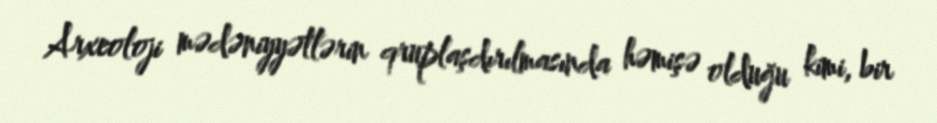
Arxeoloji mədəniyyətlərin qruplaşdırılmasında həmişə olduğu kimi, bir